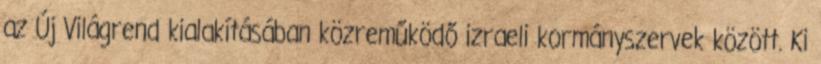
az Új Világrend kialakításában közreműködő izraeli kormányszervek között. Ki